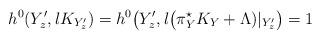
LaTeX: \begin{align*}h^0(Y'_z, l K_{Y^\prime _z})= h^0\big(Y'_z,l\big(\pi_Y^\star K_Y+ \Lambda)|_{Y^\prime _z} \big)= 1\end{align*}